Sketch of the medical history of the native army of Bombay, for the year
Year: 1872
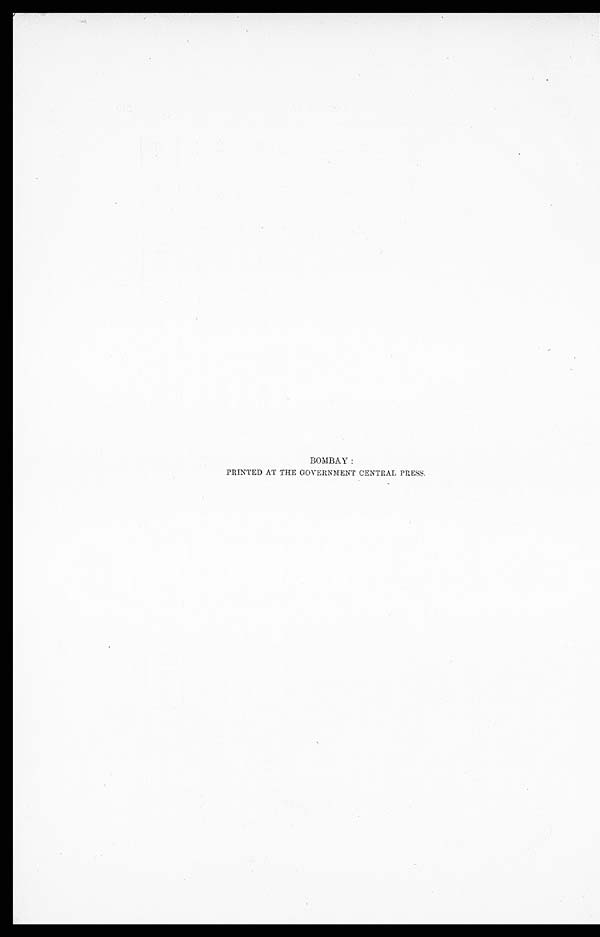
BOMBAY :
PRINTED AT THE GOVERNMENT CENTRAL PRESS.